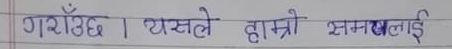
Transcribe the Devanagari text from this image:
गराउँछ। यसले हाम्रो क्षमतालाई